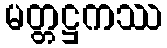
မတ္တဋ္ဌကဿ